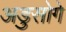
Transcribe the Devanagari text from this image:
अडुसोगे